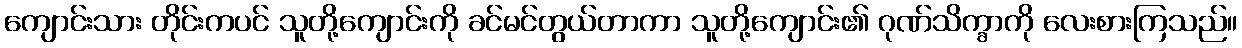
ကျောင်းသား တိုင်းကပင် သူတို့ကျောင်းကို ခင်မင်တွယ်တာကာ သူတို့ကျောင်း၏ ဂုဏ်သိက္ခာကို လေးစားကြသည်။